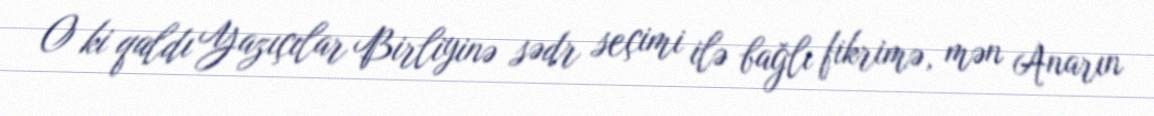
O ki qaldı Yazıçılar Birliyinə sədr seçimi ilə bağlı fikrimə, mən Anarın